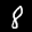
Label: 8